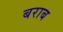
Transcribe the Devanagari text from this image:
बराब